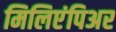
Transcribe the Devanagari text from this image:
मिलिएंपिअर